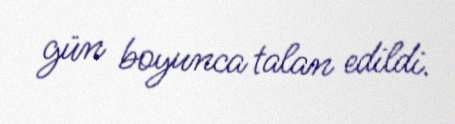
gün boyunca talan edildi.